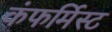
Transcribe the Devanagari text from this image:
कंफर्मिस्ट